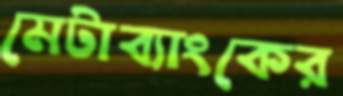
মেটাব্যাংকের